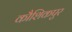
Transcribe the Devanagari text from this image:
कौशिकपुर